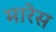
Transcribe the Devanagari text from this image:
मारेस